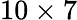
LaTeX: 10\times 7